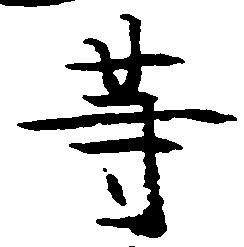
等